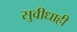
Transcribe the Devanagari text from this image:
सुवीधाही